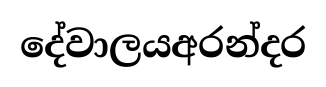
දේවාලයඅරන්දර